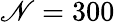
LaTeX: \mathscr{N}=300